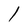
Character: l